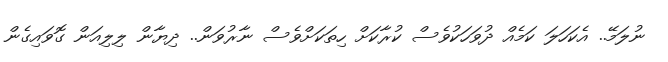
ނުލަމޭ.. އެކަހަލަ ކަމެއް ދުވަހަކުވެސް ކުރާކަށް ހިތަކަށްވެސް ނާރުވަން.. ދިޔާން ލިލިއަން ގޮވައިގެން